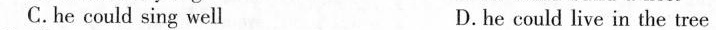
C.he could sing well D.he could live in the tree